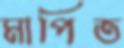
মাপিত